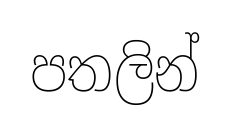
පතලින්